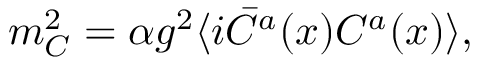
m _ { C } ^ { 2 } = \alpha g ^ { 2 } \langle i \bar { C } ^ { a } ( x ) C ^ { a } ( x ) \rangle ,